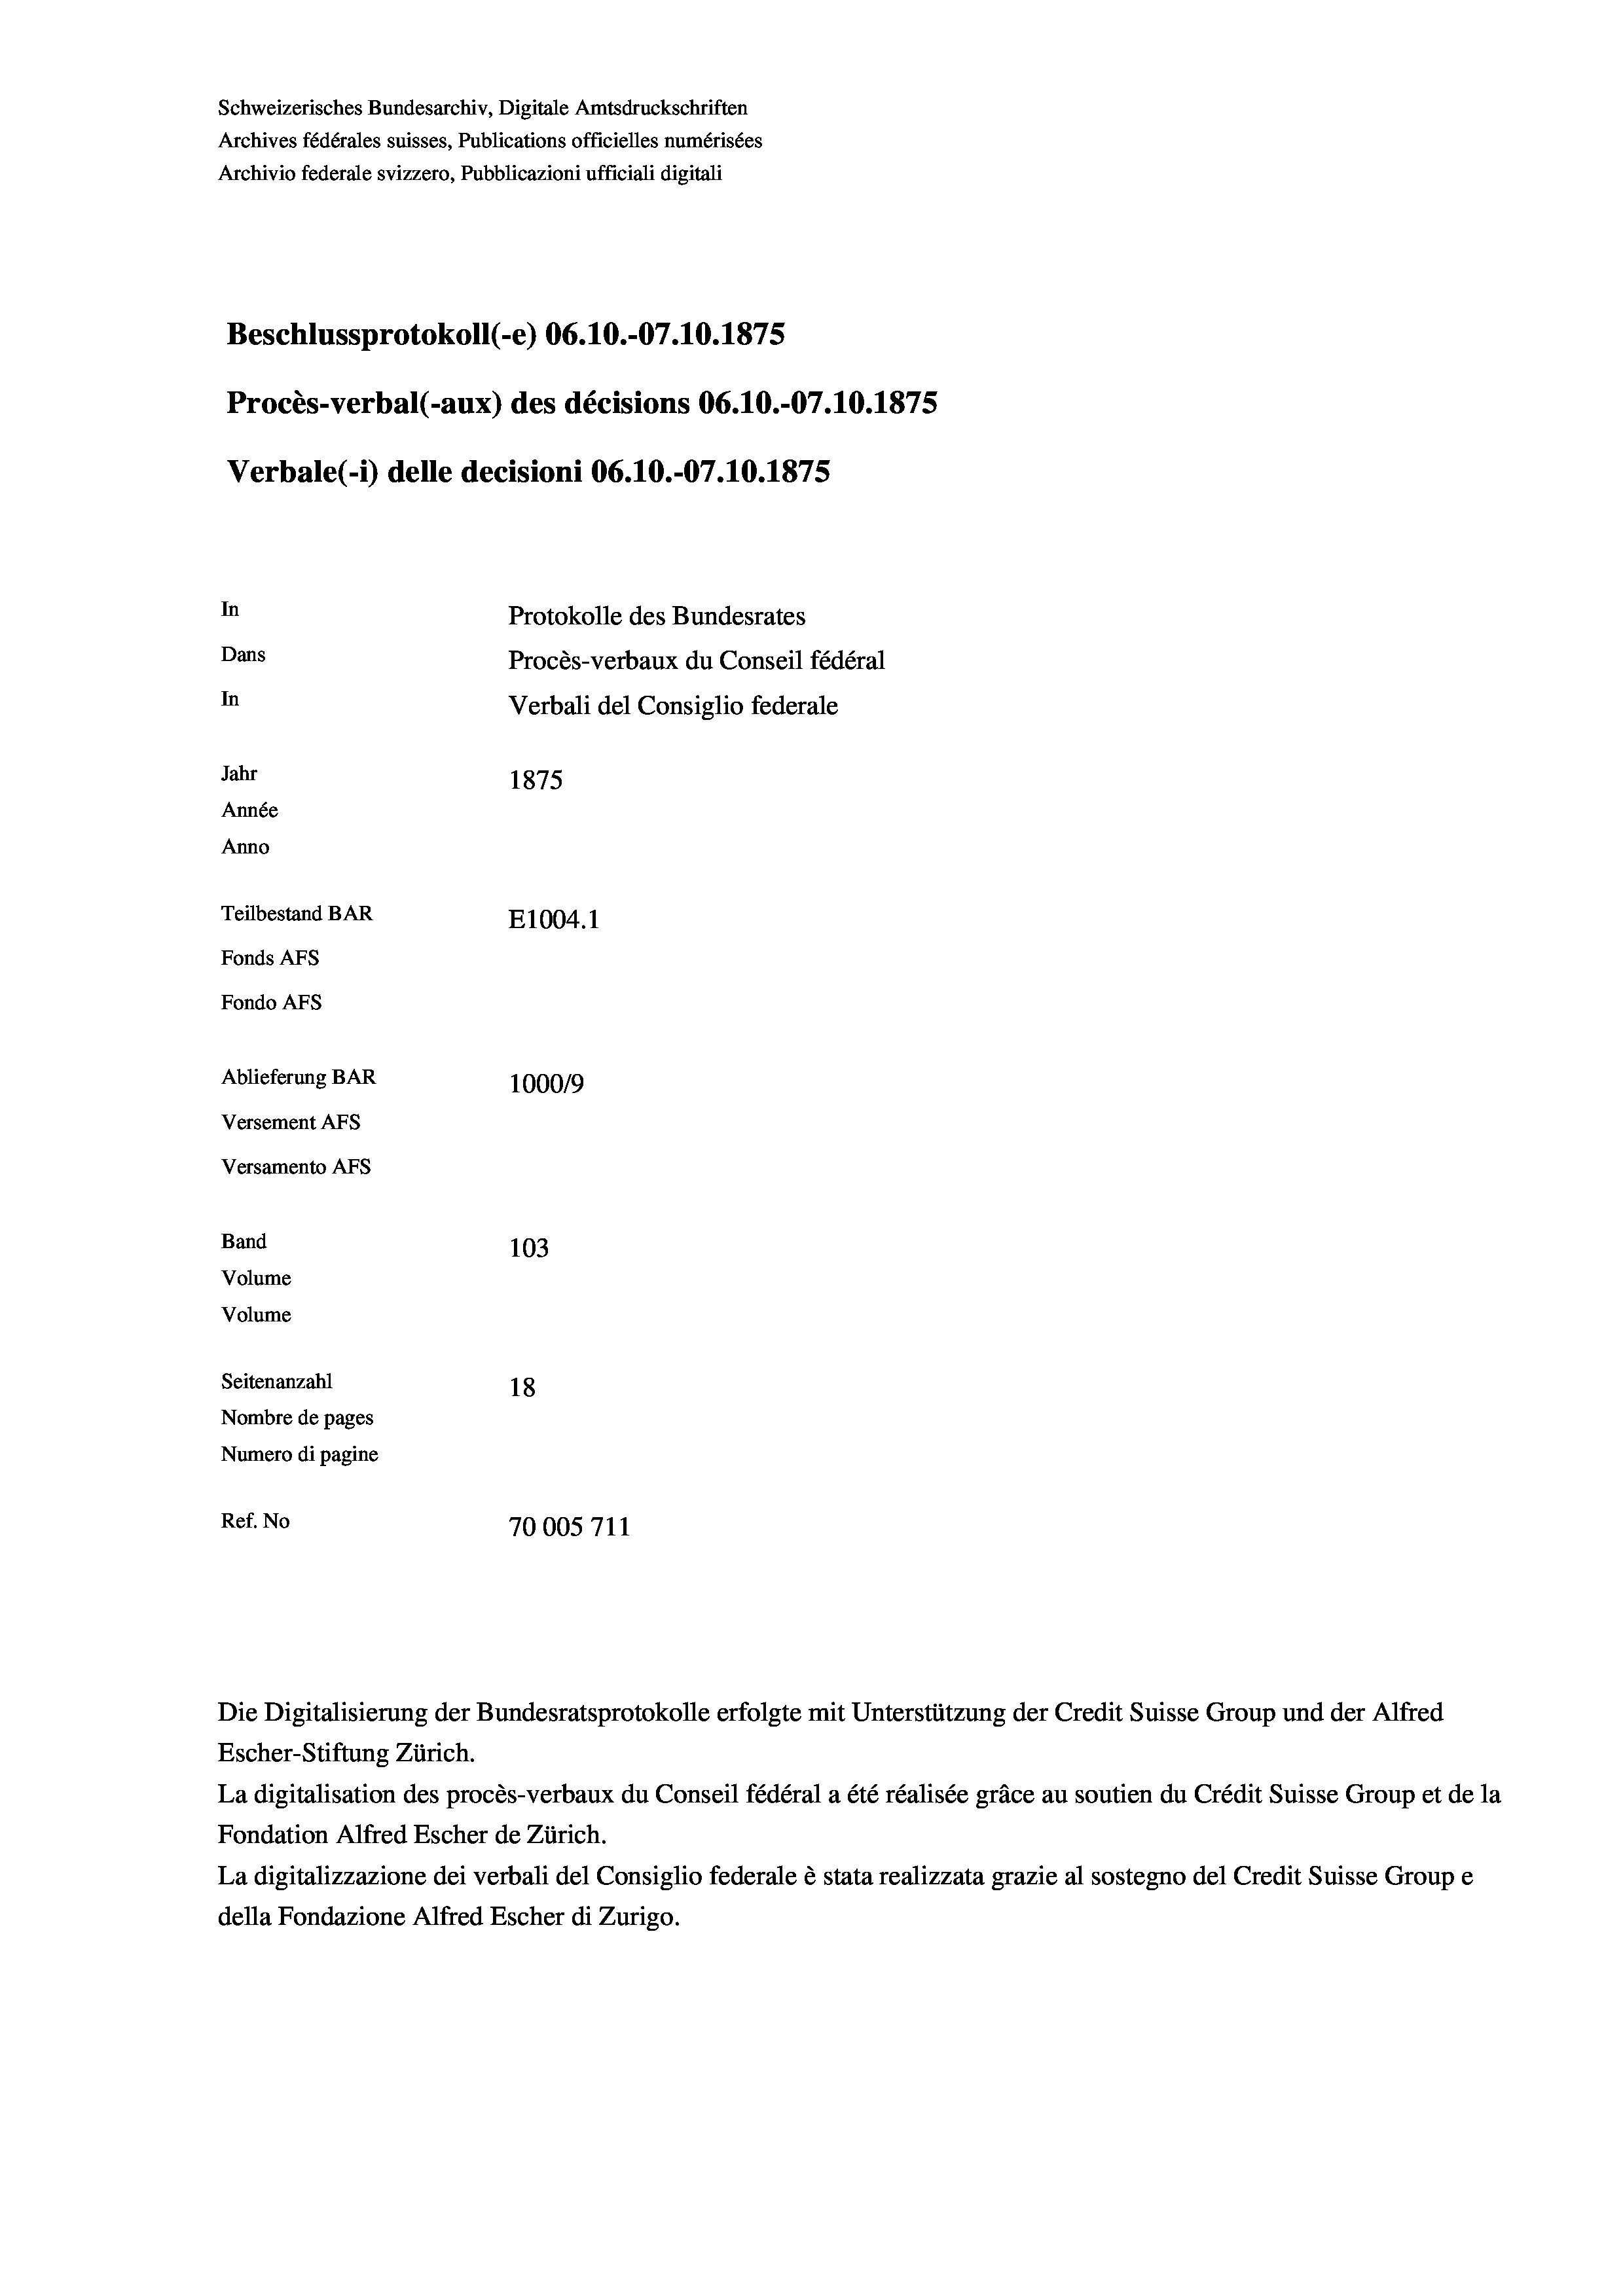
Beschlussprotokoll (-e) 06.10.-07.10.1875
Procès-verbal (-aux) des décisions 06.10.-07.10.1875
In
Protokolle des Bundesrates
Dans
Procès-verbaux du Conseil fédéral
In
Verbali del Consiglio federale
Jahr
1875
Année
Anno
Teilbestand BAR
E1004. 1
Fonds AFs
Fondo Afs

Ablieferung BAR
Versement AFs
Versamento AFS
Band
Volume
Volume
Seitenanzahl

Schweizerisches Bundesarchiv, Digitale Amtsdruckschriften
Archives fédérales suisses, Publications officielles numérisées
Archivio federale svizzero, Pubblicazioni ufficiali digitali

Verbale (1) delle decisioni 06.10.-07.10.1875

103
18
Nombre de pages
Numero di pagine
Ref. No
70005711

100019

Escher-Stiftung Zürich.
La digitalisation des procès-verbaux du Conseil fédéral a été réalisée gräce au soutien du Crédit Suisse Group et de la
Fondation Alfred Escher de Zürich.
La digitalizzazione dei verbali del Consiglio federale è stata realizzata grazie al sostegno del Credit Suisse Groupe
della Fondazione Alfred Escher di Zurigo.

Die Digitalisierung der Bundesratsprotokolle erfolgte mit Unterstützung der Credit Suisse Group und der Alfred